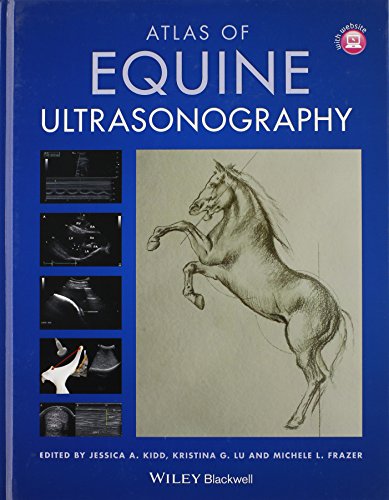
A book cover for Atlas of Equine Ultrasonography; Medical Books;